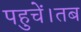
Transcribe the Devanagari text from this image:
पहुचें।तब